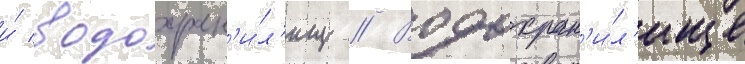
и́ водохран'и́л'ищ // Водохран'и́л'ище